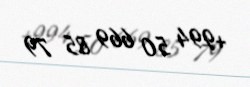
+994 50 669 85 79